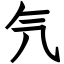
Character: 氕